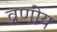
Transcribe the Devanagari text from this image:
व्रणीय